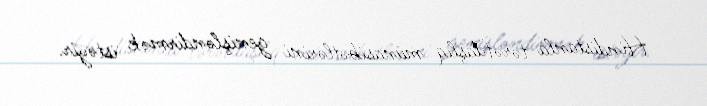
Hindistanla tərəfdaşlıq münasibətlərini genişləndirmək istəyir.